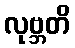
လုဗ္ဘတိ